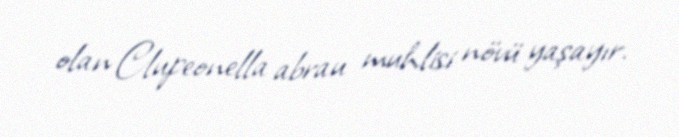
olan Clupeonella abrau muhlisi növü yaşayır.